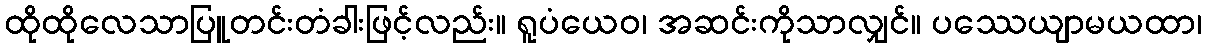
ထိုထိုလေသာပြူတင်းတံခါးဖြင့်လည်း။ ရူပံယေဝ၊ အဆင်းကိုသာလျှင်။ ပဿေယျာမယထာ၊